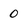
Character: 0